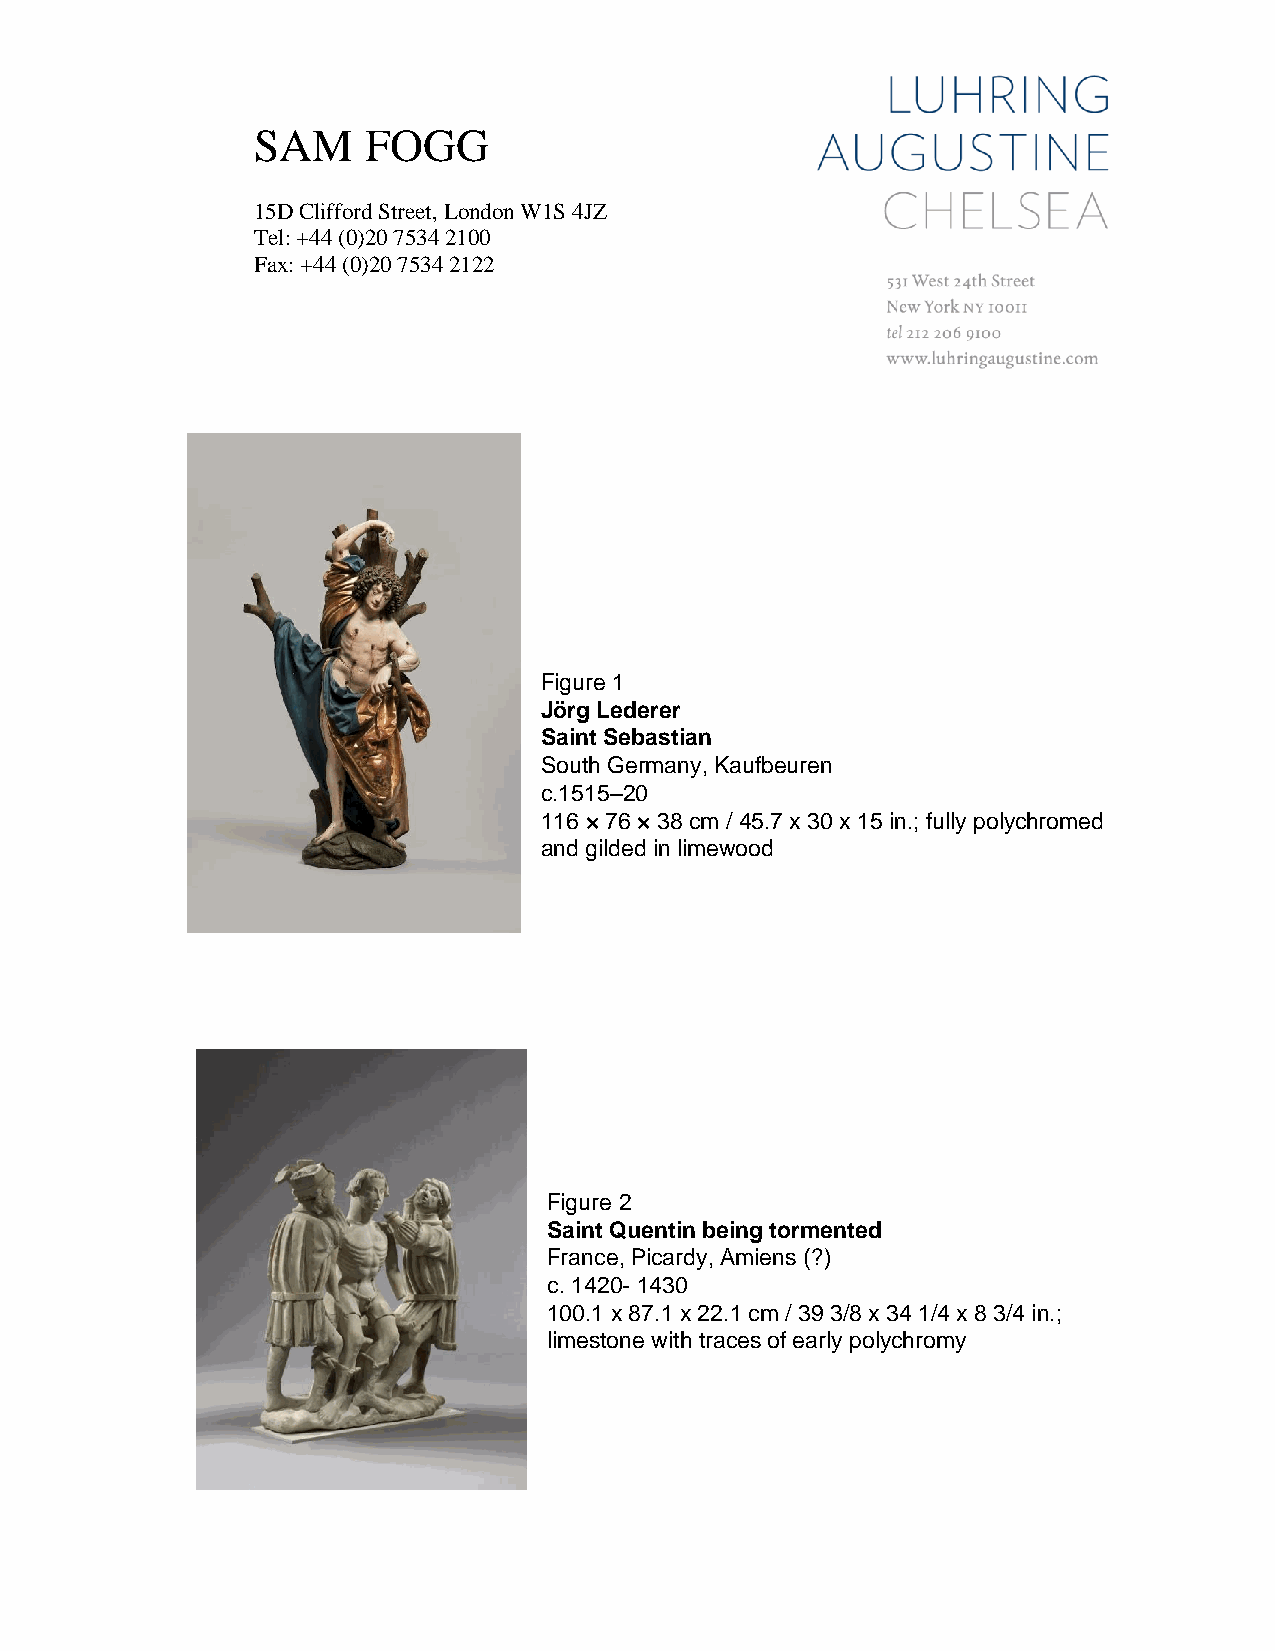
SAM    FOGG
 15D Clifford Street, London W1S 4JZ
 Tel: +44 (0)20 7534 2100
 Fax: +44 (0)20 7534 2122
 Figure 1
 Jörg Lederer
 Saint Sebastian
 South Germany, Kaufbeuren
 c.1515–20
 116 × 76 × 38 cm / 45.7 x 30 x 15 in.; fully polychromed
 and gilded in limewood
 Figure 2
 Saint Quentin being tormented
 France, Picardy, Amiens (?)
 c. 1420- 1430
 100.1 x 87.1 x 22.1 cm / 39 3/8 x 34 1/4 x 8 3/4 in.;
 limestone with traces of early polychromy